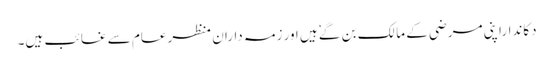
دکانداراپنی مرضی کے مالک بن گےٗ ہیں ا ور زمہ داران منظرعام سے غائب ہیں۔